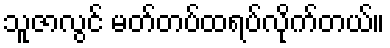
သူဇာလွင် မတ်တပ်ထရပ်လိုက်တယ်။